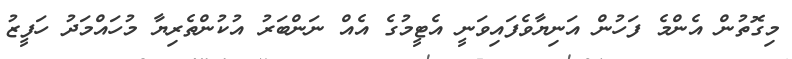
މިގޮތުން އެންމެ ފަހުން އަނިޔާވެފައިވަނީ އެޓީމުގެ އެއް ނަންބަރު އުކުންތެރިޔާ މުހައްމަދު ހަފީޒު